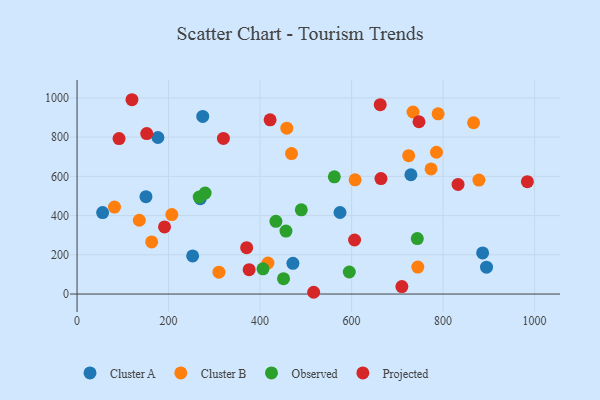
{"axis": {"x": "Distance", "y": "Exam Score"}, "legend": ["Cluster A", "Cluster B", "Observed", "Projected"], "data": [{"x": "574.7", "y": 415.7, "type": "Cluster A"}, {"x": "886.4", "y": 209.7, "type": "Cluster A"}, {"x": "252.6", "y": 194.2, "type": "Cluster A"}, {"x": "729.6", "y": 608.2, "type": "Cluster A"}, {"x": "269.3", "y": 485.9, "type": "Cluster A"}, {"x": "471.8", "y": 156.5, "type": "Cluster A"}, {"x": "55.9", "y": 415.5, "type": "Cluster A"}, {"x": "150.6", "y": 496.5, "type": "Cluster A"}, {"x": "274.7", "y": 905.3, "type": "Cluster A"}, {"x": "894.9", "y": 136.9, "type": "Cluster A"}, {"x": "176.7", "y": 798.0, "type": "Cluster A"}, {"x": "81.8", "y": 443.2, "type": "Cluster B"}, {"x": "789.1", "y": 918.5, "type": "Cluster B"}, {"x": "744.7", "y": 137.5, "type": "Cluster B"}, {"x": "163.1", "y": 265.5, "type": "Cluster B"}, {"x": "878.3", "y": 581.2, "type": "Cluster B"}, {"x": "785.5", "y": 722.8, "type": "Cluster B"}, {"x": "136.1", "y": 376.3, "type": "Cluster B"}, {"x": "468.8", "y": 716.3, "type": "Cluster B"}, {"x": "607.7", "y": 582.4, "type": "Cluster B"}, {"x": "866.6", "y": 873.1, "type": "Cluster B"}, {"x": "458.4", "y": 845.4, "type": "Cluster B"}, {"x": "417.2", "y": 158.3, "type": "Cluster B"}, {"x": "773.7", "y": 637.7, "type": "Cluster B"}, {"x": "734.2", "y": 928.1, "type": "Cluster B"}, {"x": "207.2", "y": 405.0, "type": "Cluster B"}, {"x": "310.1", "y": 111.7, "type": "Cluster B"}, {"x": "724.8", "y": 705.2, "type": "Cluster B"}, {"x": "279.9", "y": 514.5, "type": "Observed"}, {"x": "434.6", "y": 370.9, "type": "Observed"}, {"x": "456.6", "y": 321.1, "type": "Observed"}, {"x": "451.3", "y": 78.2, "type": "Observed"}, {"x": "743.6", "y": 282.9, "type": "Observed"}, {"x": "490.1", "y": 429.2, "type": "Observed"}, {"x": "406.4", "y": 128.6, "type": "Observed"}, {"x": "595.0", "y": 112.3, "type": "Observed"}, {"x": "562.3", "y": 597.7, "type": "Observed"}, {"x": "267.0", "y": 494.5, "type": "Observed"}, {"x": "370.7", "y": 236.3, "type": "Projected"}, {"x": "709.9", "y": 37.9, "type": "Projected"}, {"x": "376.1", "y": 124.4, "type": "Projected"}, {"x": "91.8", "y": 792.8, "type": "Projected"}, {"x": "747.3", "y": 878.3, "type": "Projected"}, {"x": "152.3", "y": 818.0, "type": "Projected"}, {"x": "832.7", "y": 558.9, "type": "Projected"}, {"x": "606.5", "y": 275.4, "type": "Projected"}, {"x": "984.2", "y": 572.6, "type": "Projected"}, {"x": "319.9", "y": 793.1, "type": "Projected"}, {"x": "664.2", "y": 588.5, "type": "Projected"}, {"x": "421.9", "y": 888.1, "type": "Projected"}, {"x": "120.0", "y": 990.6, "type": "Projected"}, {"x": "662.6", "y": 965.5, "type": "Projected"}, {"x": "517.1", "y": 9.0, "type": "Projected"}, {"x": "191.2", "y": 342.1, "type": "Projected"}]}